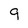
Character: 9